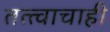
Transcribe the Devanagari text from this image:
तत्त्वाचाही